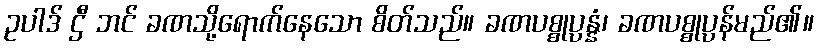
ဥပါဒ် ဌီ ဘင် ခဏသို့ရောက်နေသော စိတ်သည်။ ခဏပစ္စုပ္ပန္နံ၊ ခဏပစ္စုပ္ပန်မည်၏။